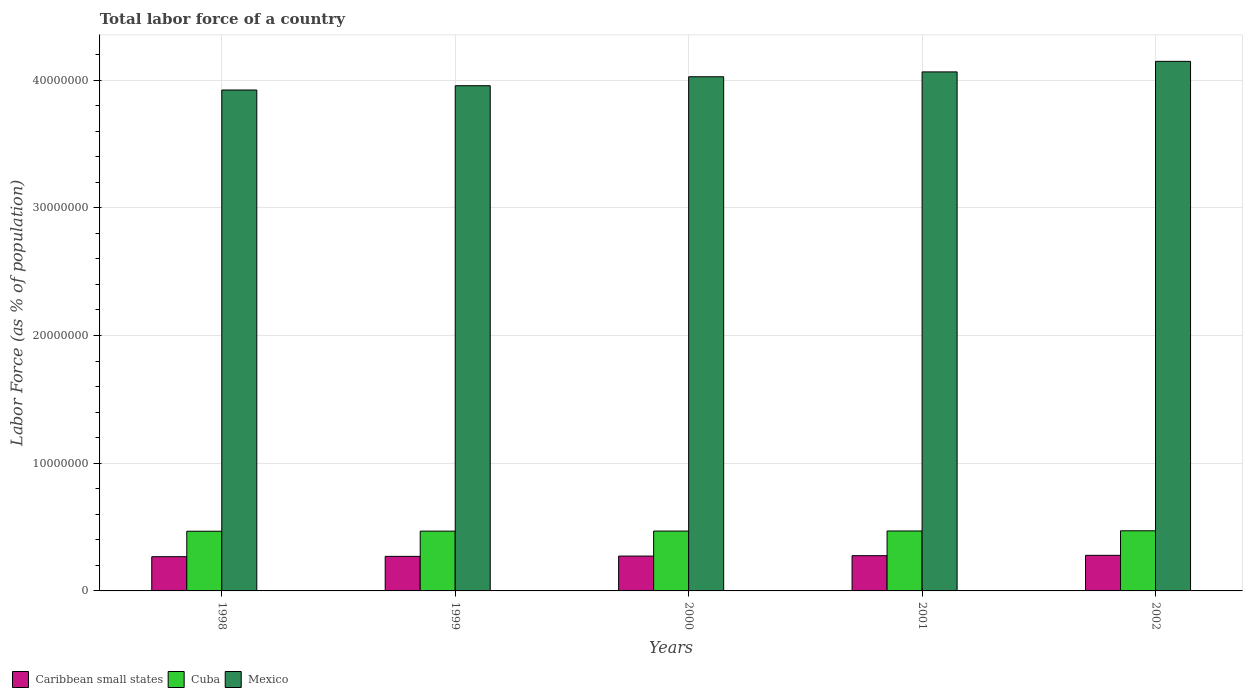
| Years | Caribbean small states | Cuba | Mexico |
 | --- | --- | --- | --- |
 | 1998 | 2.68e+06 | 4.67e+06 | 3.92e+07 |
 | 1999 | 2.71e+06 | 4.68e+06 | 3.96e+07 |
 | 2000 | 2.73e+06 | 4.69e+06 | 4.03e+07 |
 | 2001 | 2.76e+06 | 4.69e+06 | 4.06e+07 |
 | 2002 | 2.79e+06 | 4.71e+06 | 4.15e+07 |